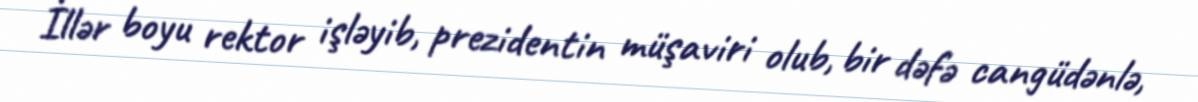
İllər boyu rektor işləyib, prezidentin müşaviri olub, bir dəfə cangüdənlə,